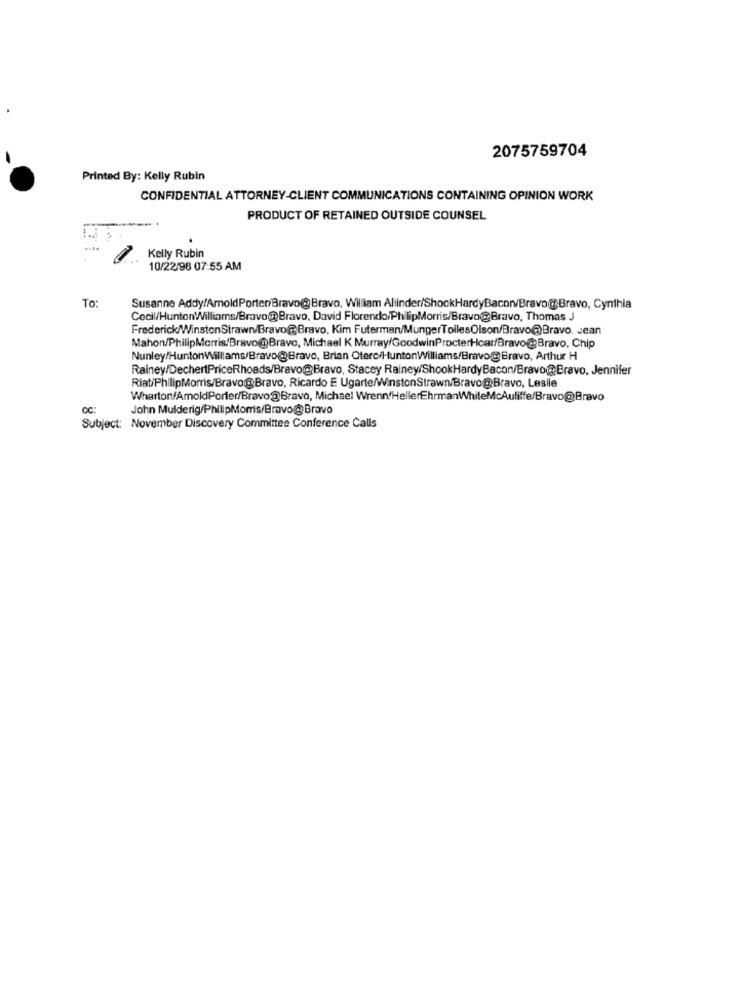
2075759704
Printed By: Kelly Rubin
CONFIDENTIAL ATTORNEY-CLIENT COMMUNICATIONS CONTAINING OPINION WORK
PRODUCT OF RETAINED OUTSIDE COUNSEL
Kelly Rubin
10/22/98 07:55 AM
To:
Susanne Addy/ArnoldPorter/Bravo@Bravo, William Aliinder/ShockHardyBacon/BravoBravo, Cynthia
Cecil/HuntonWilliams/Bravo@Bravo, David Florendo/PhilipMorris/Bravo@Bravo, Thomas J
Frederick/WinstonStrawn/Bravo@Bravo, Kim Futerman/MungerToilesOlson/Bravo@Bravo. Jean
Mahon/PhilipMorris/Bravo@Bravo, Michael K Murray/GoodwinProcterHoar/Bravo@Bravo, Chip
Nunley/HuntonWilliams/Bravo@Bravo, Brian Otero/HuntonWilliams/Bravo@Bravo, Arthur H
Rainey/DechertPriceRhoads/Bravo@Bravo, Stacey Rainey/ShookHardyBacon/Bravo@:Bravo, Jennifer
Riat/PhilipMorris/Bravo@Bravo, Ricardo E Ugarte/WinstonStrawn/Bravo@Bravo, Leslie
Wharton/AmoldPorter/Bravo@Bravo, Michael Wrenn'HellerEhrmanWhiteMcAufiffe/Bravo@Bravo
CC:
John Mulderig/PhilipMorris/Bravo @Bravo
Subject: November Discovery Committee Conference Calls